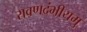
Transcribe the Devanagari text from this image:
रावणदंभीयमु